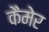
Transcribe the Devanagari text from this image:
कैमेर